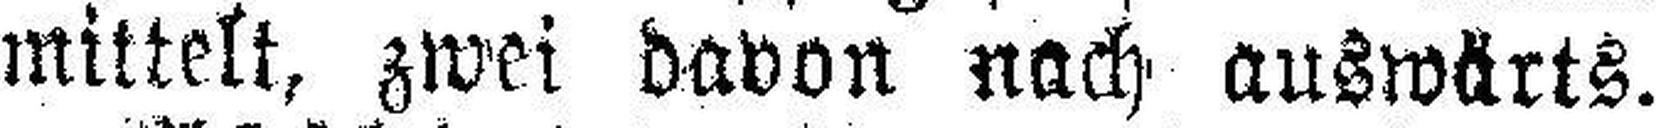
mittelt, zwei davon nach auswärts.